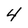
Character: 4